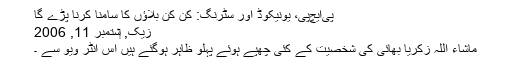
پی‌ایچ‌پی، یونیکوڈ اور سٹرنگ: کن کن بلاؤں کا سامنا کرنا پڑے گا
زیک, ‏ستمبر 11, 2006
ماشاء اللہ زکریا بھائی کی شخصیت کے کئی چھپے ہوئے پہلو ظاہر ہوگئے ہیں اس انٹر ویو سے ۔